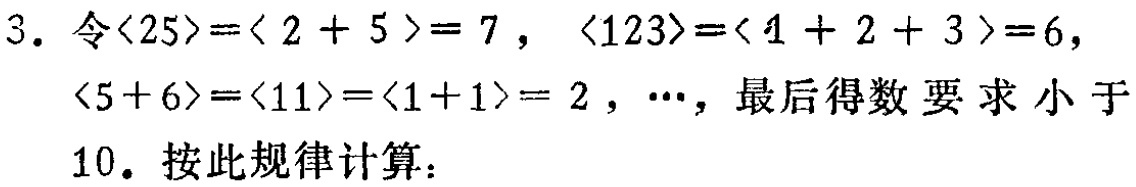
3. 令$\langle25\rangle = \langle 2 + 5\rangle = 7$，$\langle123\rangle=\langle 1 + 2 + 3\rangle = 6$，$\langle5 + 6\rangle=\langle11\rangle=\langle1 + 1\rangle = 2$，$\cdots$，最后得数 要 求 小 于10. 按此规律计算：